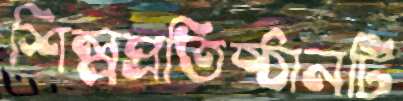
শিল্পপ্রতিষ্ঠানটি